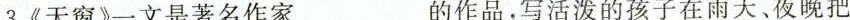
3.《天窗》一文是著名作家___的作品，写活泼的孩子在雨天、夜晚把